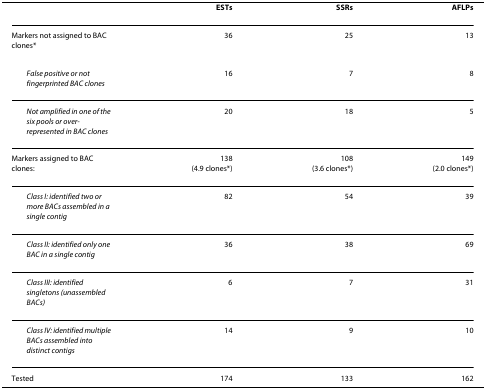
<table><thead><tr><td></td><td><b>ESTs</b></td><td><b>SSRs</b></td><td><b>AFLPs</b></td></tr></thead><tbody><tr><td>Markers not assigned to BAC clones*</td><td>36</td><td>25</td><td>13</td></tr><tr><td> <i>False positive or not fingerprinted BAC clones</i></td><td>16</td><td>7</td><td>8</td></tr><tr><td> <i>Not amplified in one of the six pools or over-represented in BAC clones</i></td><td>20</td><td>18</td><td>5</td></tr><tr><td>Markers assigned to BAC clones:</td><td>138(4.9 clones*)</td><td>108(3.6 clones*)</td><td>149(2.0 clones*)</td></tr><tr><td> <i>Class I: identified two or more BACs assembled in a single contig</i></td><td>82</td><td>54</td><td>39</td></tr><tr><td> <i>Class II: identified only one BAC in a single contig</i></td><td>36</td><td>38</td><td>69</td></tr><tr><td> <i>Class III: identified singletons (unassembled BACs)</i></td><td>6</td><td>7</td><td>31</td></tr><tr><td> <i>Class IV: identified multiple BACs assembled into distinct contigs</i></td><td>14</td><td>9</td><td>10</td></tr><tr><td>Tested</td><td>174</td><td>133</td><td>162</td></tr></tbody></table>